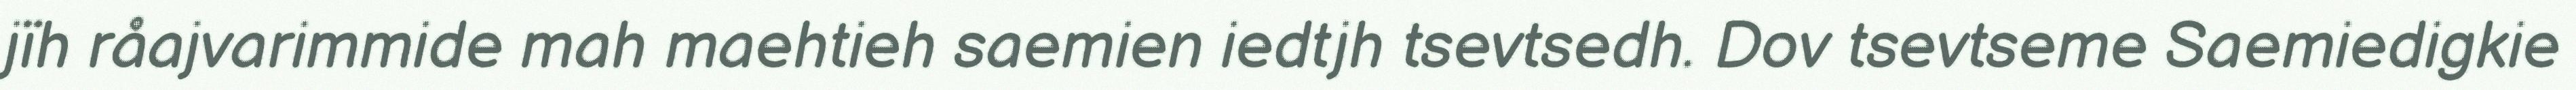
jïh råajvarimmide mah maehtieh saemien iedtjh tsevtsedh. Dov tsevtseme Saemiedigkie